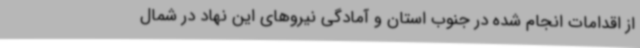
از اقدامات انجام شده در جنوب استان و آمادگی نیروهای این نهاد در شمال